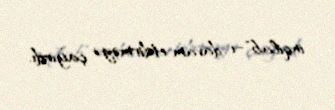
inqilab"-ı davam etdirməyə çağırdı.